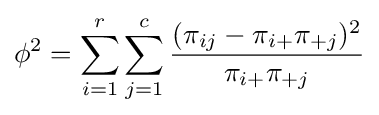
\phi ^{2}=\sum _{i=1}^{r}\sum _{j=1}^{c}{\frac {(\pi _{ij}-\pi _{i+}\pi _{+j})^{2}}{\pi _{i+}\pi _{+j}}}